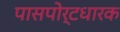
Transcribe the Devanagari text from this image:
पासपोर्टधारक